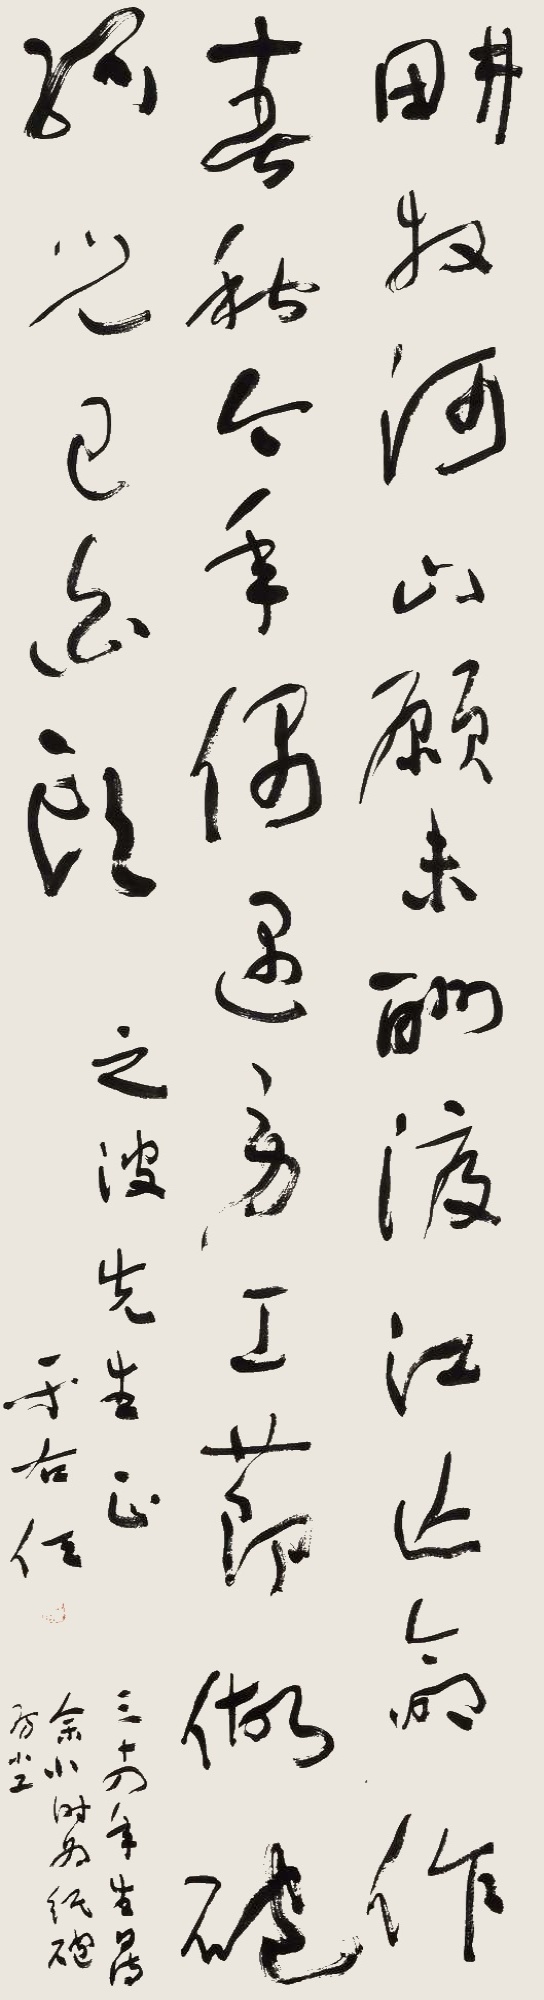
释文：耕牧河山愿未酬，渡江亡命作春秋。今年偶遇劳工节，做炮孤儿已白头。三十四年生日诗，余小时为纸炮房小工。之波先生正，于右任。